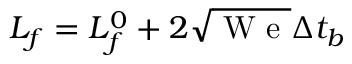
L _ { f } = L _ { f } ^ { 0 } + 2 \sqrt { \mathrm { ~ W ~ e ~ } } \Delta t _ { b }